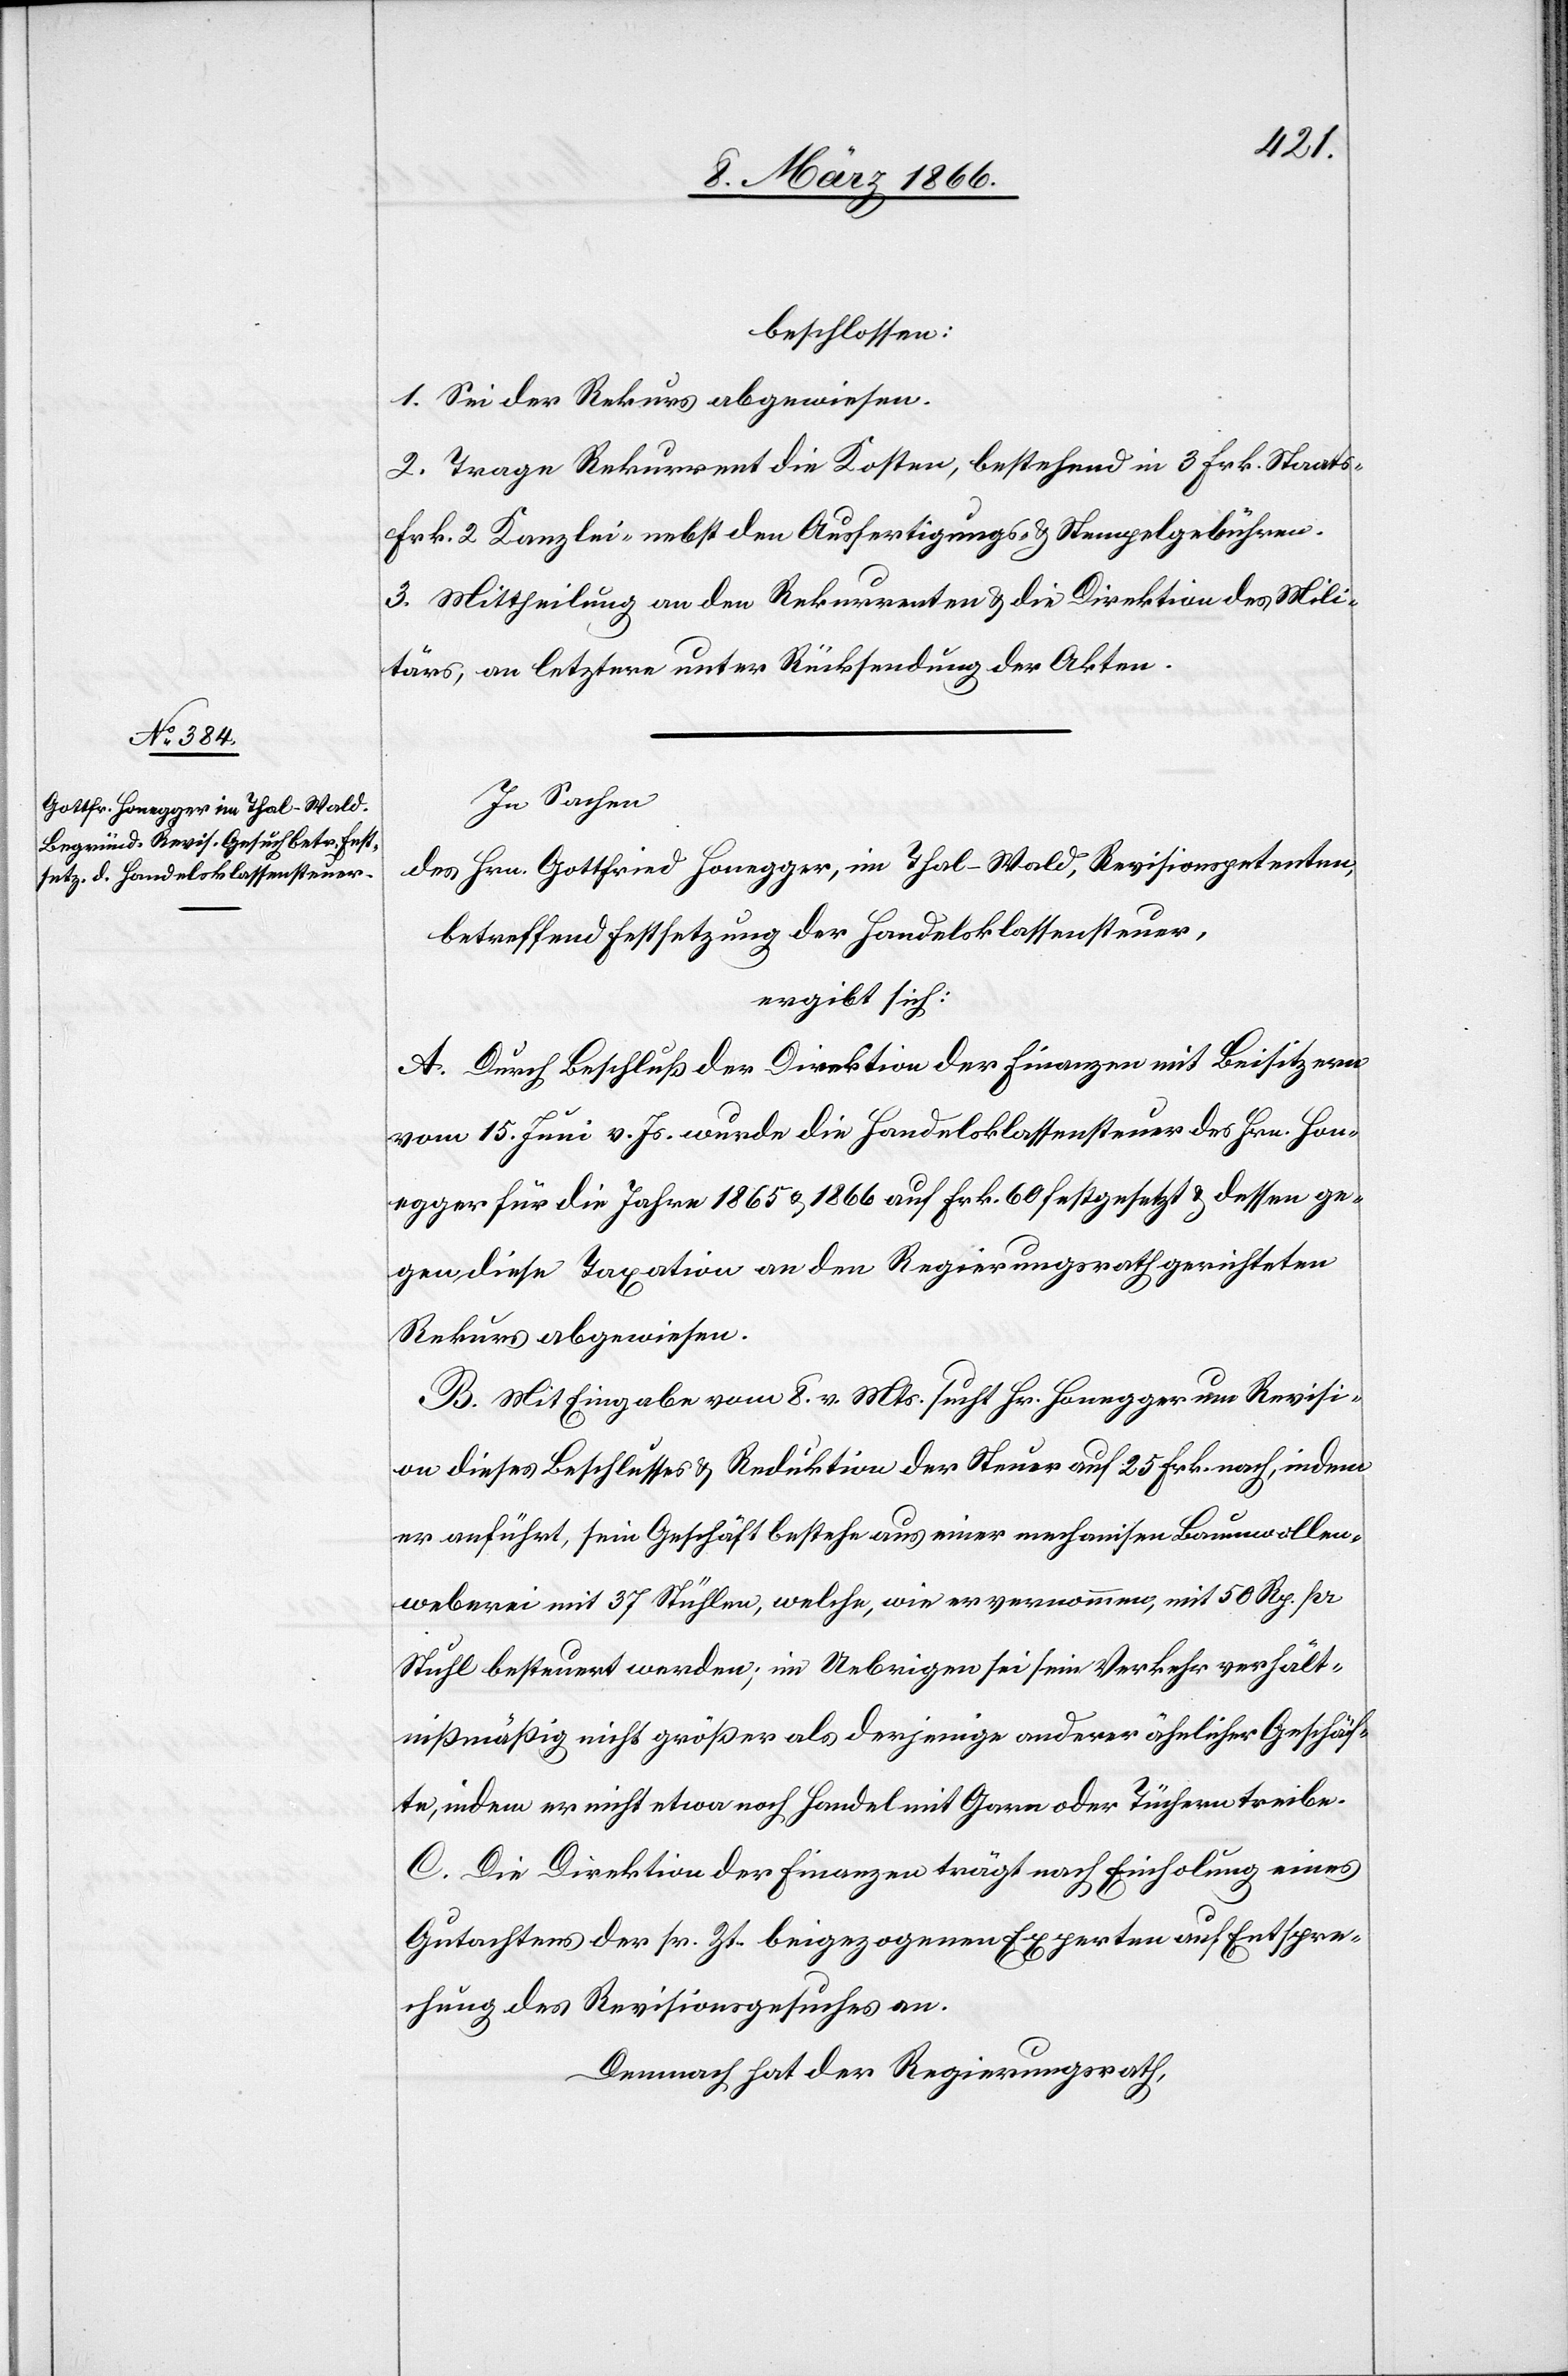
beschlossen:
1. Sei der Rekurs abgewiesen.
2. Trage Rekurrent die Kosten, bestehend in 3. Frk. Staats[,]
Frk. 2 Kanzlei- nebst den Ausfertigungs[-] u. Stempelgebühren.
3. Mittheilung an den Rekurrenten u. die Direktion des Mili¬
tärs, an letztere unter Rückstellung der Akten.
In Sachen
des Hrn. Gottfried Honegger, Im Thal - Wald, Revisionspetenten,
betreffend Festsetzung der Handelsklassensteuer,
ergibt sich:
A. Durch Beschluß der Direktion der Finanzen mit Beisitzern
vom 15. Juni v. Js. wurde die Handelsklassensteuer des Hrn. Hon¬
egger für die Jahre 1863 u. 1866 auf Frk. 60 festgesetzt u. dessen ge¬
gen diese Taxation an den Regierungsrath gerichteten
Rekurs abgewiesen.
B. Mit Eingabe vom 8. v. Mts. sucht Hr. Honegger um Revisi¬
on dieses Beschlusses u. Reduktion der Steuer auf 25. Frk. nach, indem
er anführt, sein Geschäft bestehe aus einer mechanischen Baumwollen¬
weberei mit 37 Stühlen, welche, wie er vernommen, mit 50 Rp. pr
Stuhl besteuert werden; im Uebrigen sei sein Verkehr verhält¬
nißmässig nicht größer als derjenige anderer ähnlicher Geschäf¬
te, indem er nicht etwa noch Handel mit Garn oder Tüchern treibe.
C. Die Direktion der Finanzen trägt nach Einholung eines
Gutachtens der sr. Zeit beigezogenen Experten auf Entspre¬
chung des Revisionsgesuches an.
Demnach hat der Regierungsrath,